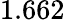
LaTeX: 1.662